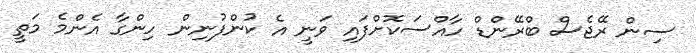
ސިން ރޭޖެސް ބްރޭންޑް ހާއްސަކޮށްފައި ވަނީ އެ ކުންފުނިން ހިންގާ އެންމެ މަތީ